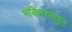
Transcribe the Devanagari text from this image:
भक्तिरसामृत